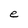
Character: e